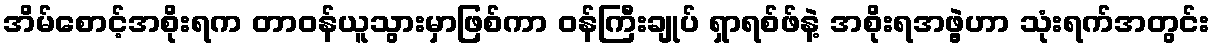
အိမ်စောင့်အစိုးရက တာဝန်ယူသွားမှာဖြစ်ကာ ဝန်ကြီးချုပ် ရှာရစ်ဖ်နဲ့ အစိုးရအဖွဲ့ဟာ သုံးရက်အတွင်း